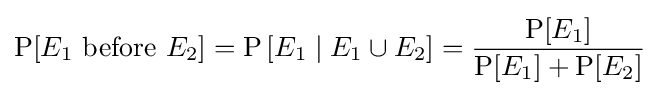
\operatorname {P} [E_{1}\,\,{\text{before}}\,\,E_{2}]=\operatorname {P} \left[E_{1}\mid E_{1}\cup E_{2}\right]={\frac {\operatorname {P} [E_{1}]}{\operatorname {P} [E_{1}]+\operatorname {P} [E_{2}]}}